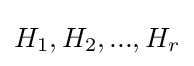
H_{1},H_{2},...,H_{r}